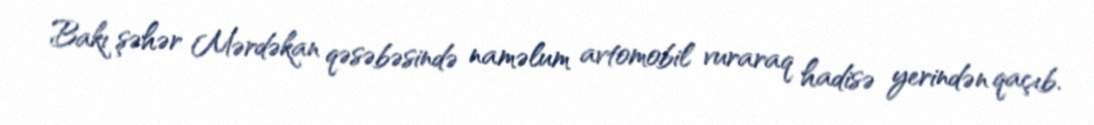
Bakı şəhər Mərdəkan qəsəbəsində naməlum avtomobil vuraraq hadisə yerindən qaçıb.